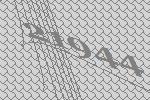
21944